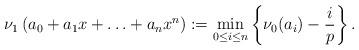
LaTeX: \begin{align*}\nu_1\left(a_0+a_1x+\ldots+a_nx^n\right):=\min_{0\leq i\leq n}\left\{\nu_0(a_i)-\frac{i}{p}\right\}.\end{align*}